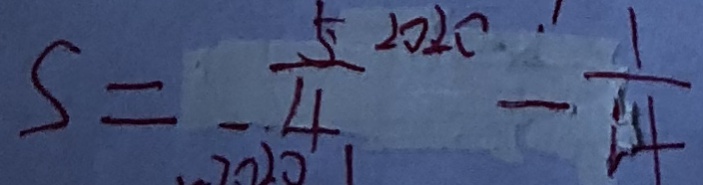
S = - \frac { 5 } { 4 } - \frac { 1 } { 4 }